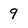
Character: 9